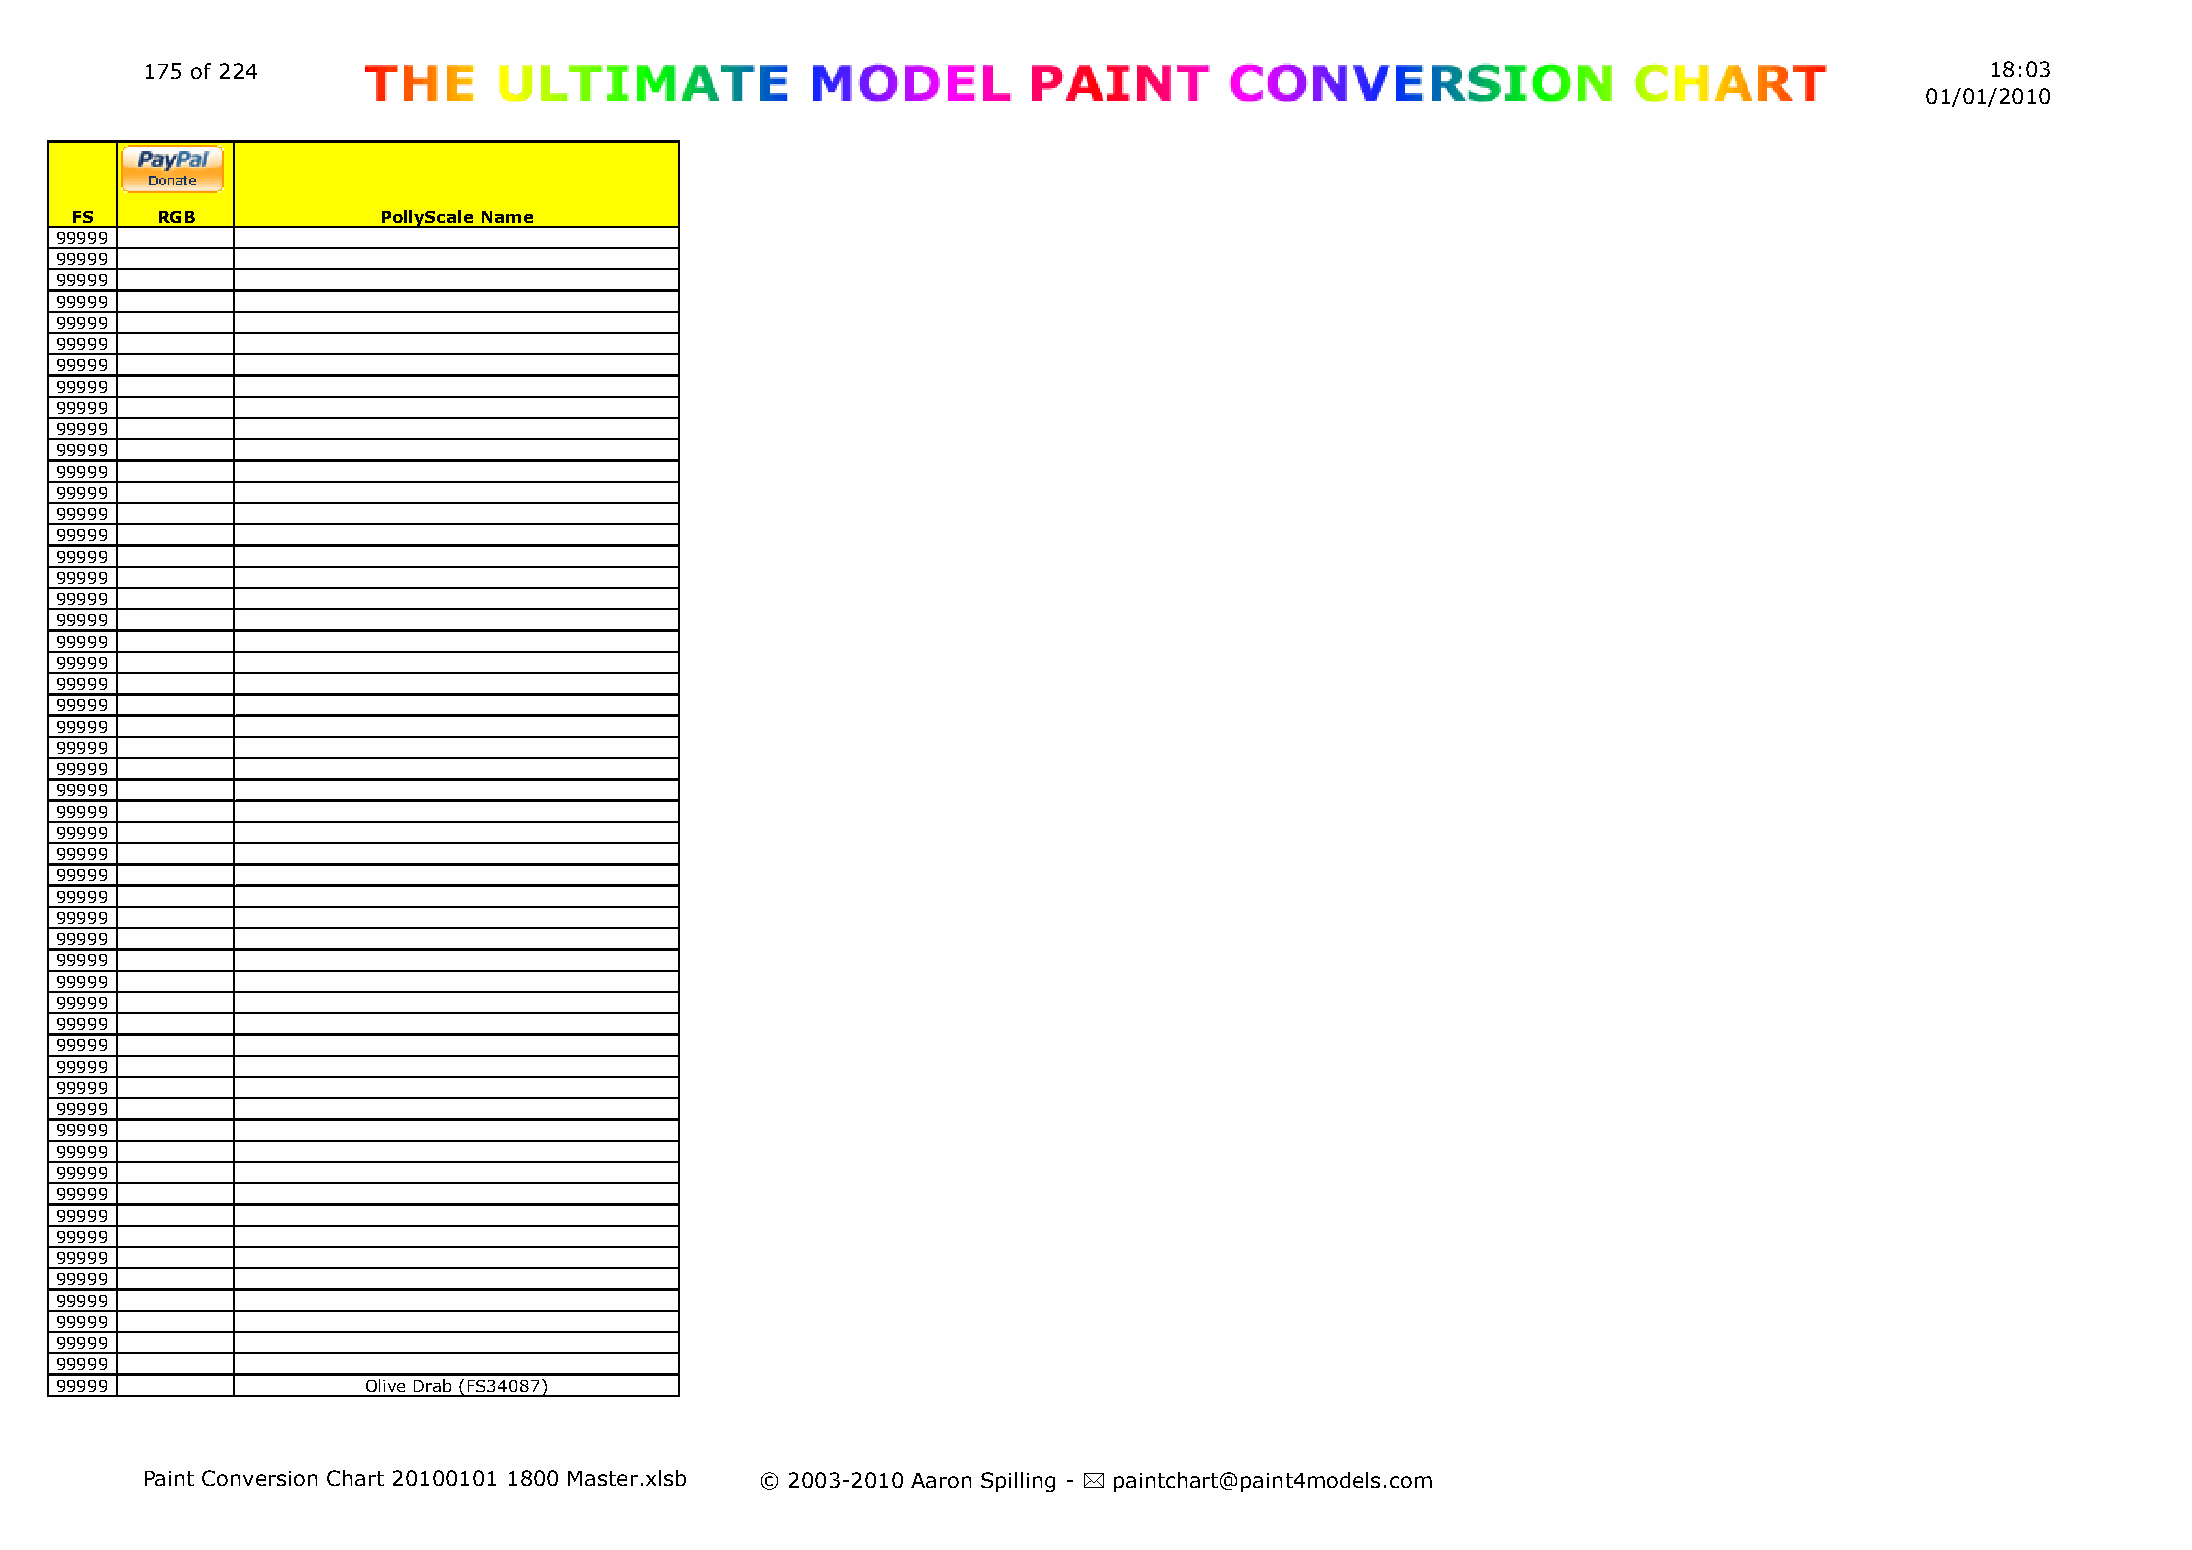
175 of 224                                                                                                                 18:03
 01/01/2010
 FS   RGB            PollyScale Name
 99999
 99999
 99999
 99999
 99999
 99999
 99999
 99999
 99999
 99999
 99999
 99999
 99999
 99999
 99999
 99999
 99999
 99999
 99999
 99999
 99999
 99999
 99999
 99999
 99999
 99999
 99999
 99999
 99999
 99999
 99999
 99999
 99999
 99999
 99999
 99999
 99999
 99999
 99999
 99999
 99999
 99999
 99999
 99999
 99999
 99999
 99999
 99999
 99999
 99999
 99999
 99999
 99999
 99999
 99999               Olive Drab (FS34087)
 Paint Conversion Chart 20100101 1800 Master.xlsb © 2003-2010 Aaron Spilling - * paintchart@paint4models.com